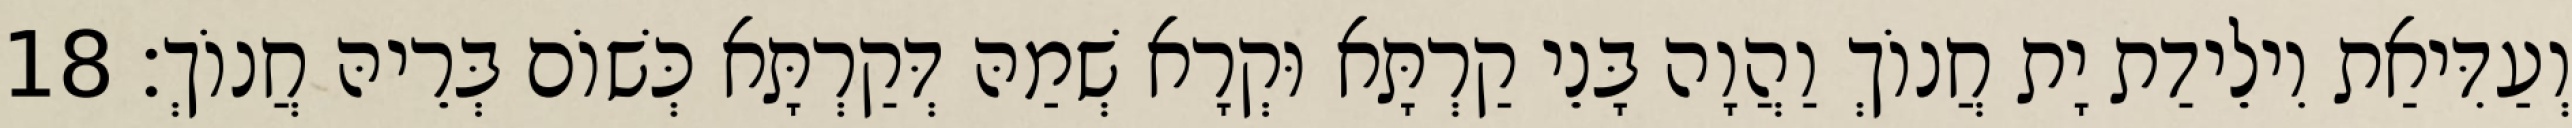
וְעַדִּיאַת וִילֵידַת יָת חֲנוֹךְ וַהֲוָה בָּנֵי קַרְתָּא וּקְרָא שְׁמַהּ דְּקַרְתָּא כְּשׁוֹם בְּרֵיהּ חֲנוֹךְ׃ 18